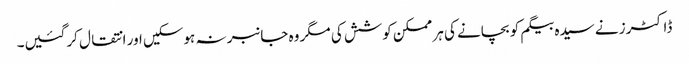
ڈاکٹرز نے سیدہ بیگم کو بچانے کی ہر ممکن کوشش کی مگر وہ جانبر نہ ہوسکیں اور انتقال کرگئیں۔